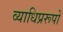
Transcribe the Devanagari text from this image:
व्याधिप्ररूपों